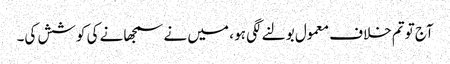
آج توتم خلاف معمول بولنے لگی ہو ، میں نے سمجھانے کی کوشش کی۔